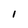
Character: l